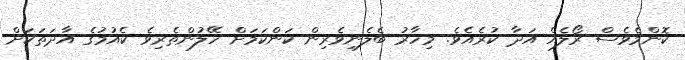
ކޮންމެވެސް ރޯލެއް އަދާ ކުރެއެވެ. މިހާރު ބެލެނިވެރިން ކަންކަމަށް ހޭލުންތެރިވެ ކެއުމުގެ އާދަތަކަށް